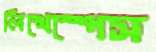
লিখেস্পেস